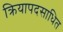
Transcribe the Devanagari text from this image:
क्रियापदसाधित